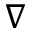
\nabla